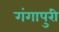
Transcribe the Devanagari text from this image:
गंगापुरी